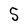
Character: 5